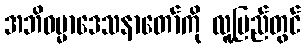
အဘိဓမ္မာဒေသနာတော်ကို လူ့ပြည်တွင်